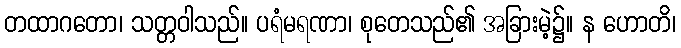
တထာဂတော၊ သတ္တဝါသည်။ ပရံမရဏာ၊ စုတေသည်၏ အခြားမဲ့၌။ န ဟောတိ၊